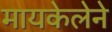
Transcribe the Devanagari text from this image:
मायकेलेने